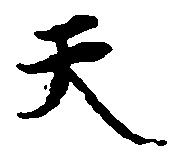
天